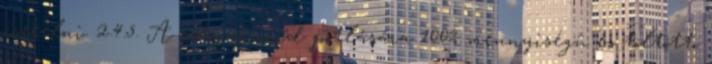
cserélni. 2.4.5. A szén-dioxid pótlására 100% mennyiségû és töltött,